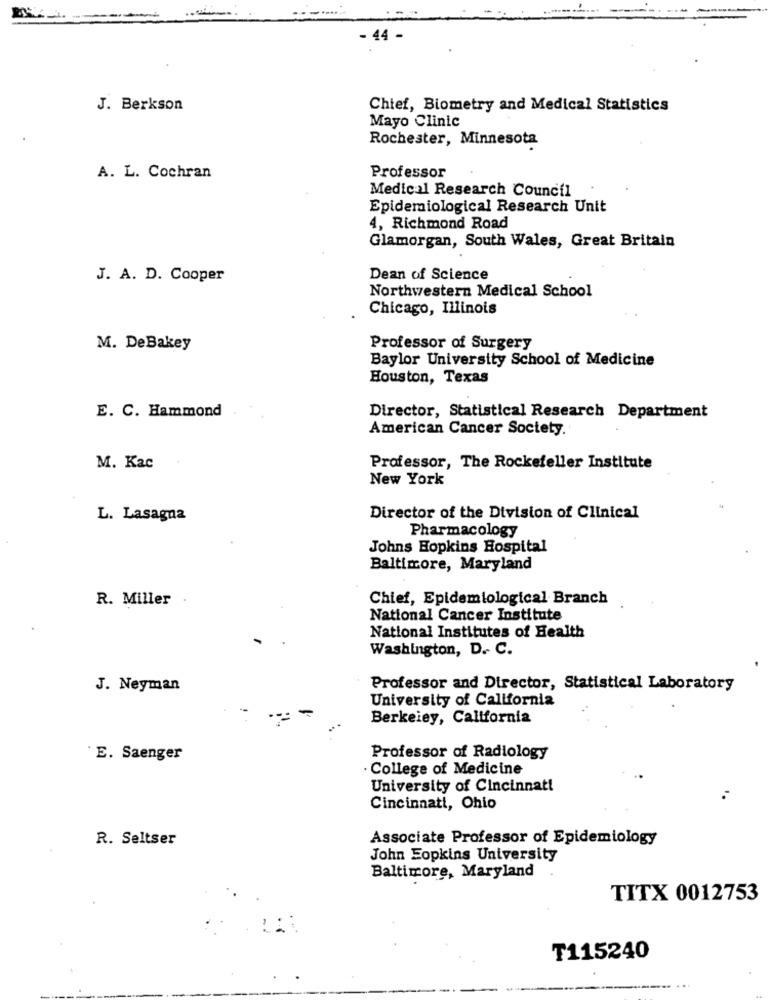
- 44 -
J. Berkson
Chief, Biometry and Medical Statistics
Mayo Clinic
Rochester, Minnesota
Professor
A. L. Cochran
Medical Research Council
Epidemiological Research Unit
4, Richmond Road
Glamorgan, South Wales, Great Britain
J. A. D. Cooper
Dean of Science
Northwestern Medical School
Chicago, Illinois
M. DeBakey
Professor of Surgery
Baylor University School of Medicine
Houston, Texas
E. C. Hammond
Director, Statistical Research Department
American Cancer Society.
M. Kac
Professor, The Rockefeller Institute
New York
L. Lasagna
Director of the Division of Clinical
Pharmacology
Johns Hopkins Hospital
Baltimore, Maryland
R. Miller
Chief, Epidemiological Branch
National Cancer Institute
National Institutes of Health
Washington, D. C.
J. Neyman
Professor and Director, Statistical Laboratory
University of California
Berkeley, California
E. Saenger
Professor of Radiology
College of Medicine
University of Cincinnati
Cincinnati, Ohio
R. Seltser
Associate Professor of Epidemiology
John Eopkins University
Baltimore, Maryland
TITX 0012753
₸115240